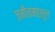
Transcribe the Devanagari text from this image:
जमीनमहसूल